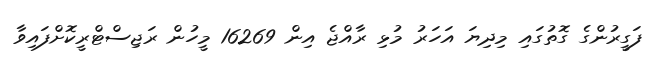
ފަގީރުންގެ ގޮތުގައި މިދިޔަ އަހަރު މުޅި ރާއްޖެ އިން 16269 މީހުން ރަޖިސްޓްރީކޮށްފައިވާ